Civil Veterinary Department. Madras. Admin. report 1910-25 - 1910-1925
Year: 1910
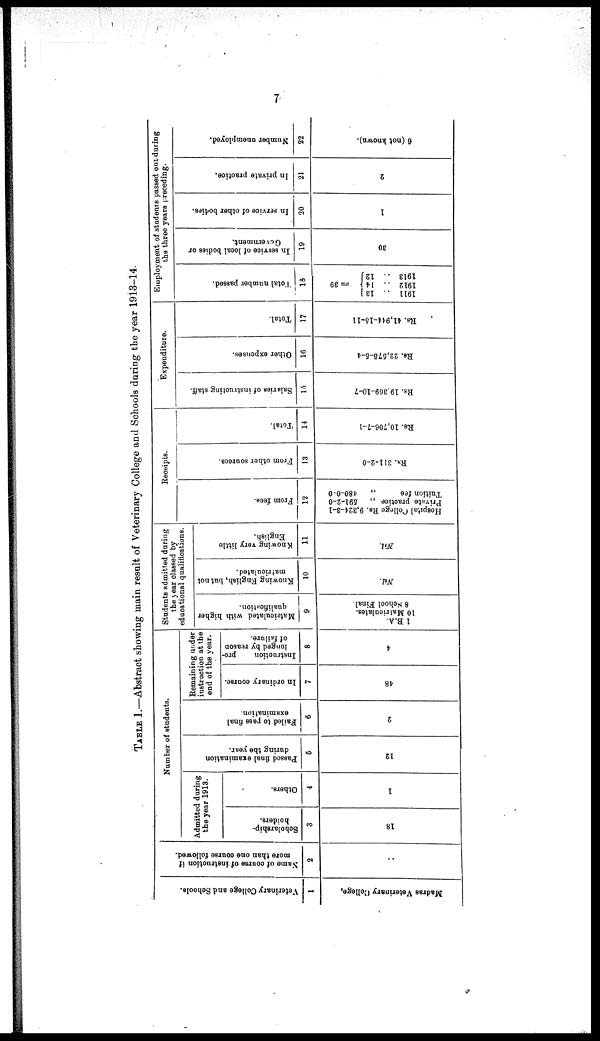
7
TABLE 1.—Abstract showing main result of Veterinary College and Schools during the year 1913-14-
Vet er i
nar y C o l l e g e and Sohool s .
1
Ma dr a s Vet er i
nar y College.
Na me of cour s e of i
ns t
r uct i
on if
more than one cour s e f ol l
owed.
2
..
Number of students.
Admitted during
the year 1913.
Soholarship-
hoiders.
3
18
Others.
4
1
Pas s ed final examination
dur i ng the year.
5
12
Fai l
ed to pass final
examination.
6
2
Remaining under
instruction at the
end of the year.
In ordinary course.
7
48
Instruction pro-
longed by reason
of failure.
8
4
Students admitted during
the year classed by
eduational qualifications.
Ma t
r
i
c ul a t
e d with hi gher
qualification.
9
1B. A.
10 Mat r
i
cul at es .
8 School Fi nal .
Knowing English, but not
matriculated.
10
Nil.
Knowing very little
English.
11
Nil.
Receipts.
Fr om fees.
12
Hos pi t
al Col l
ege Rs. 9, 324- 3- 1
Pr i
vat e p r a o t i c e „ 591- 2- 0
Tui t
i
on fee „ 480- 0- 0
From other souroes.
13
Rs. 311- 2- 0
Total.
14
Rs. 10, 706- 7- 1
Expenditure.
Salaries of instructing staff.
15
Rs. 19,369- 10- 7
Other expenses.
16
Rs. 22, 575- 5- 4
Total.
17
Rs. 41,944- 15- 11
Employment of students passed out during
the three years preceding.
Tot al number passed.
18
=39
1911 .. 13
1912 .. 14
1913 .. 12
In service of local bodies or
Government.
19
30
In service of other bodies.
20
1
In private practice.
21
2
Number unemployed.
22
6 (not Known).